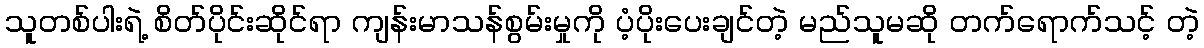
သူတစ်ပါးရဲ့ စိတ်ပိုင်းဆိုင်ရာ ကျန်းမာသန်စွမ်းမှုကို ပံ့ပိုးပေးချင်တဲ့ မည်သူမဆို တက်ရောက်သင့် တဲ့